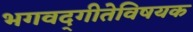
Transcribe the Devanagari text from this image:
भगवद्‌गीतेविषयक